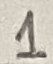
Text: 1